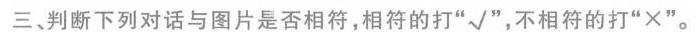
三、判断下列对话与图片是否相符,相符的打"√",不相符的打"×"。